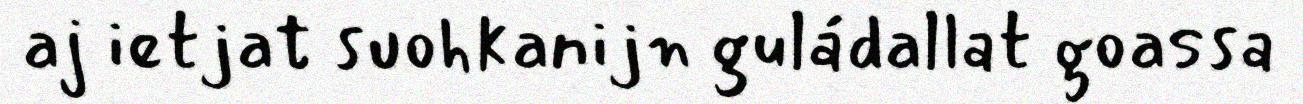
aj ietjat suohkanijn guládallat goassa